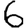
Digit: 6